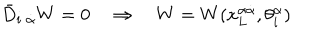
\bar { D } _ { i \; \dot { \alpha } } W = 0 \quad \Rightarrow \quad W = W ( x _ { L } ^ { \alpha \dot { \alpha } } , \theta _ { i } ^ { \alpha } )